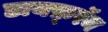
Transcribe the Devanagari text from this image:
डायफ़्रॅम